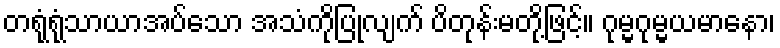
တရုံရုံသာယာအပ်သော အသံကိုပြုလျက် ပိတုန်းမတို့ဖြင့်။ ဂုမ္မဂုမ္မယမာနော၊